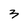
Character: 3